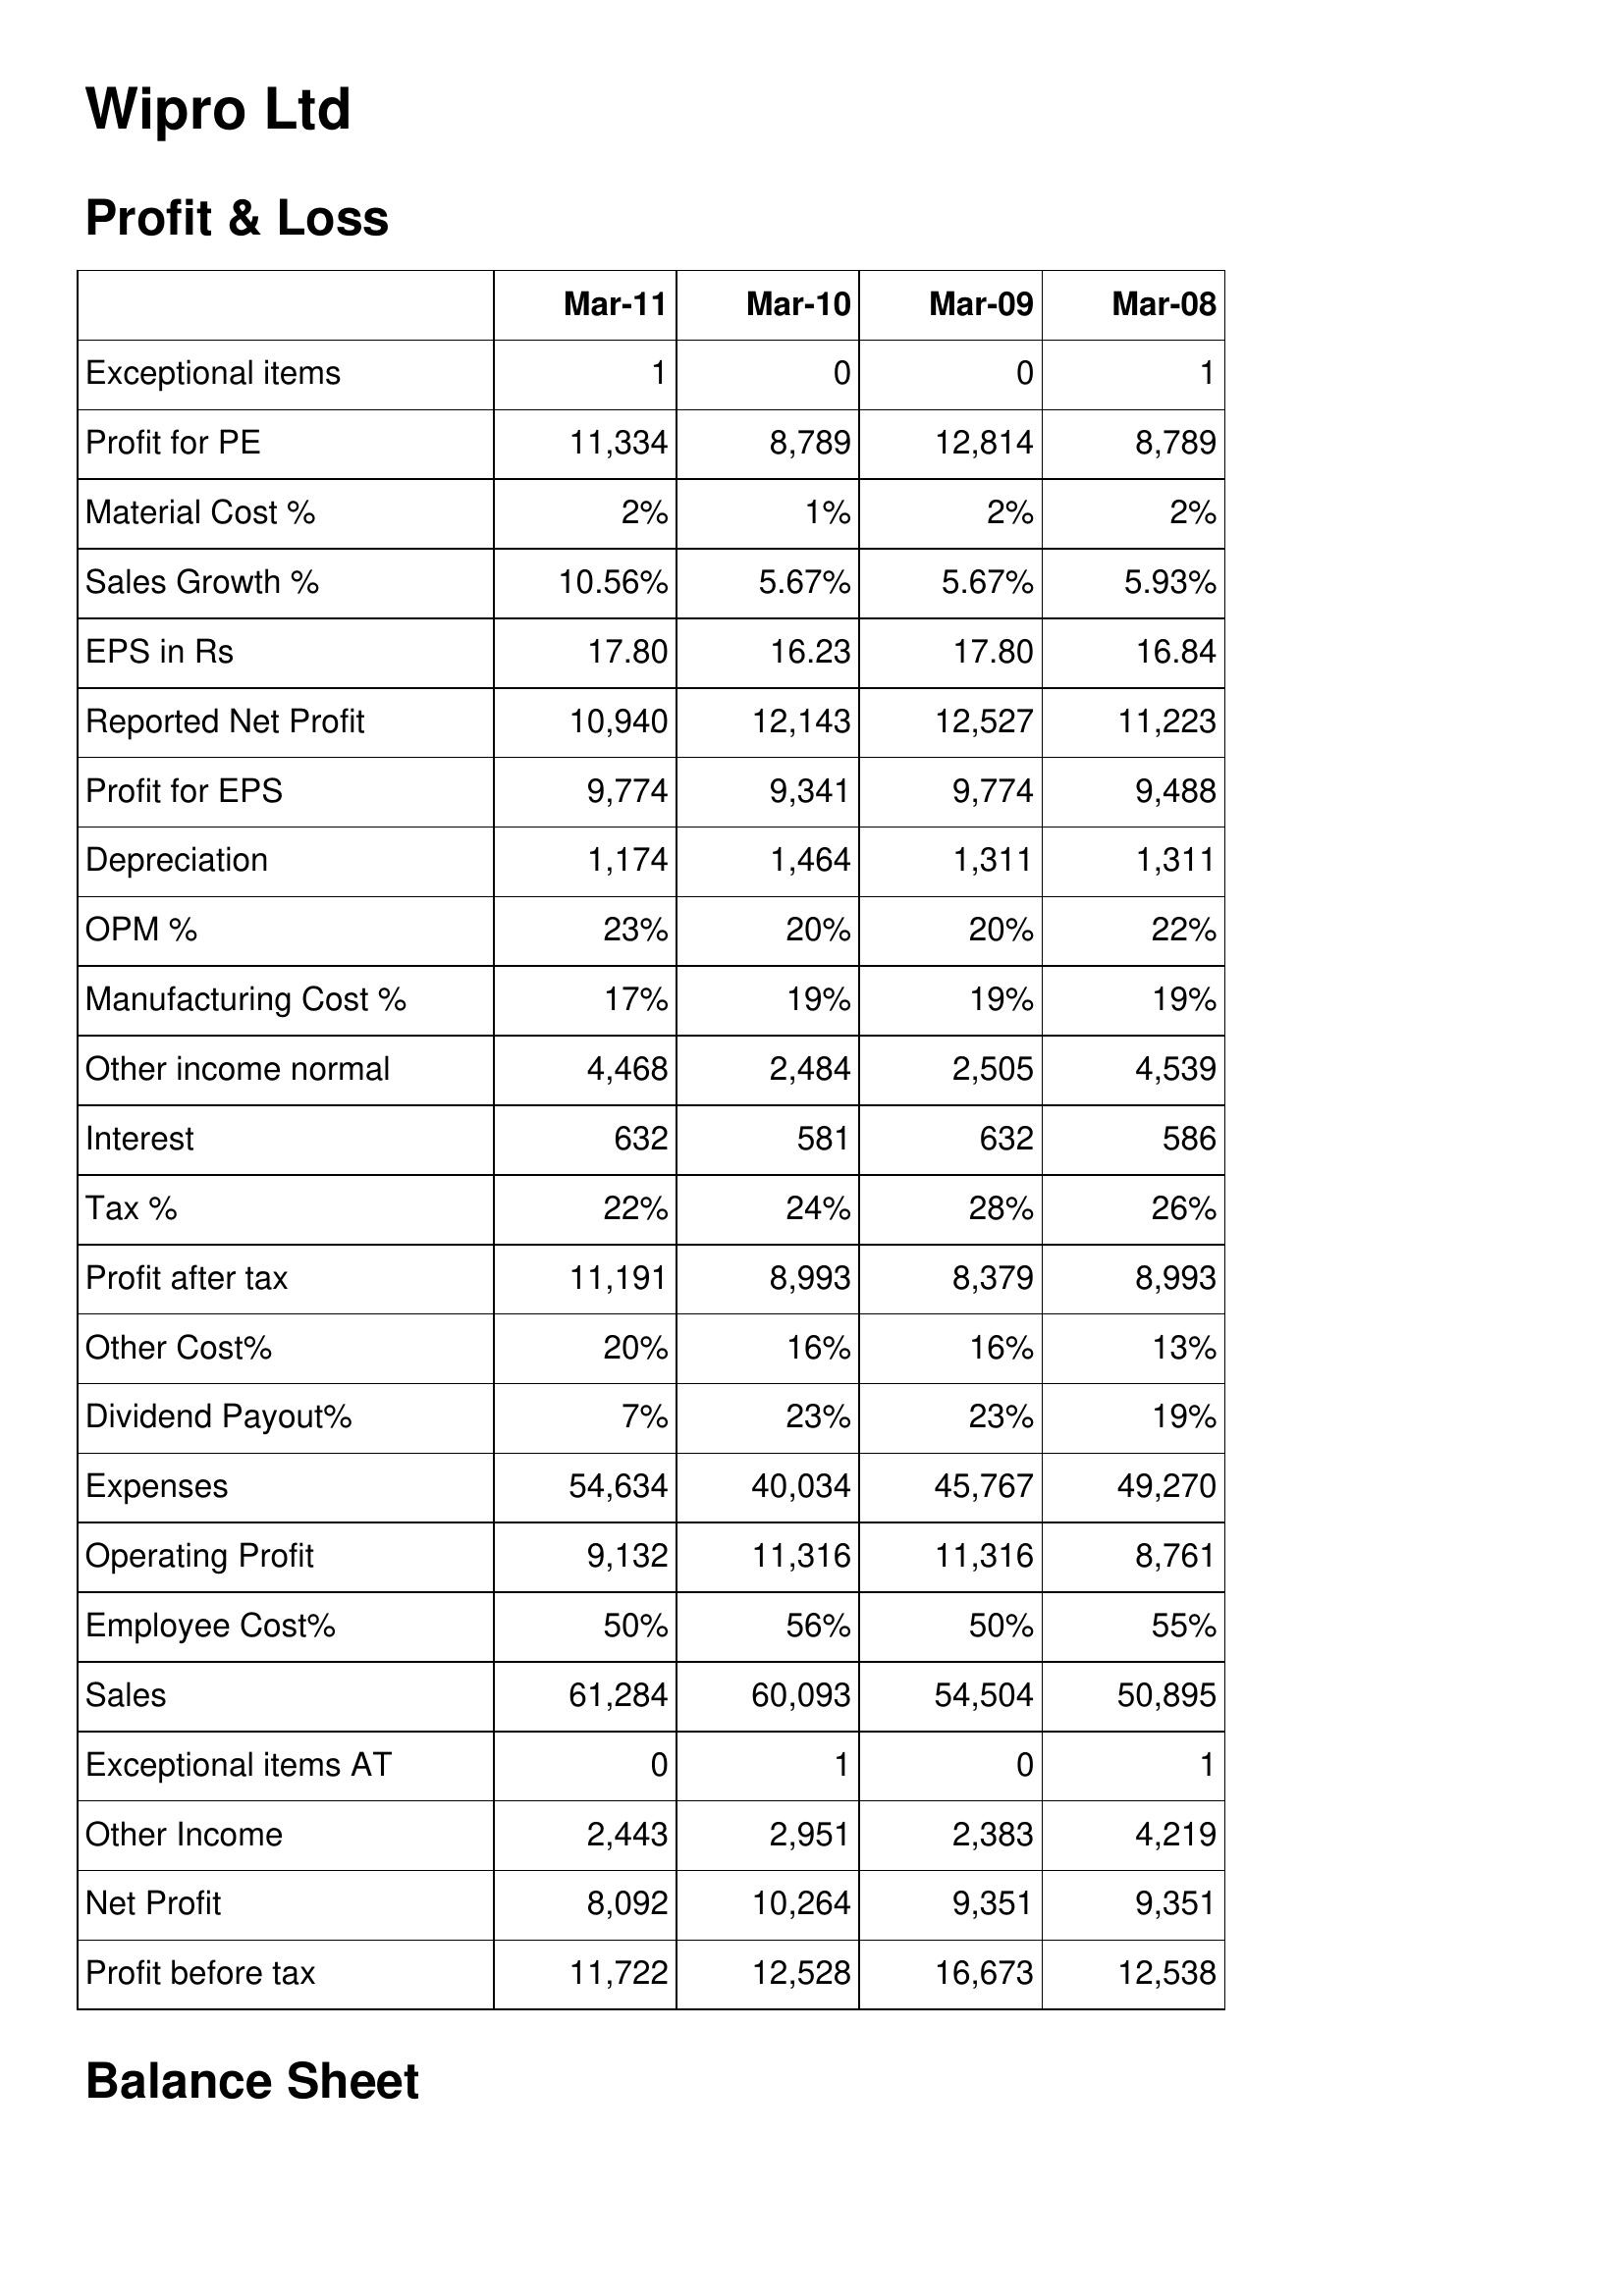
Mar-11: Profit & Loss: Exceptional items: 1
Profit for PE: 11,334
Material Cost %: 2%
Sales Growth %: 10.56%
EPS in Rs: 17.80
Reported Net Profit: 10,940
Profit for EPS: 9,774
Depreciation: 1,174
OPM %: 23%
Manufacturing Cost %: 17%
Other income normal: 4,468
Interest: 632
Tax %: 22%
Profit after tax: 11,191
Other Cost%: 20%
Dividend Payout%: 7%
Expenses: 54,634
Operating Profit: 9,132
Employee Cost%: 50%
Sales: 61,284
Exceptional items AT: 0
Other Income: 2,443
Net Profit: 8,092
Profit before tax: 11,722
Mar-10: Profit & Loss: Exceptional items: 0
Profit for PE: 8,789
Material Cost %: 1%
Sales Growth %: 5.67%
EPS in Rs: 16.23
Reported Net Profit: 12,143
Profit for EPS: 9,341
Depreciation: 1,464
OPM %: 20%
Manufacturing Cost %: 19%
Other income normal: 2,484
Interest: 581
Tax %: 24%
Profit after tax: 8,993
Other Cost%: 16%
Dividend Payout%: 23%
Expenses: 40,034
Operating Profit: 11,316
Employee Cost%: 56%
Sales: 60,093
Exceptional items AT: 1
Other Income: 2,951
Net Profit: 10,264
Profit before tax: 12,528
Mar-09: Profit & Loss: Exceptional items: 0
Profit for PE: 12,814
Material Cost %: 2%
Sales Growth %: 5.67%
EPS in Rs: 17.80
Reported Net Profit: 12,527
Profit for EPS: 9,774
Depreciation: 1,311
OPM %: 20%
Manufacturing Cost %: 19%
Other income normal: 2,505
Interest: 632
Tax %: 28%
Profit after tax: 8,379
Other Cost%: 16%
Dividend Payout%: 23%
Expenses: 45,767
Operating Profit: 11,316
Employee Cost%: 50%
Sales: 54,504
Exceptional items AT: 0
Other Income: 2,383
Net Profit: 9,351
Profit before tax: 16,673
Mar-08: Profit & Loss: Exceptional items: 1
Profit for PE: 8,789
Material Cost %: 2%
Sales Growth %: 5.93%
EPS in Rs: 16.84
Reported Net Profit: 11,223
Profit for EPS: 9,488
Depreciation: 1,311
OPM %: 22%
Manufacturing Cost %: 19%
Other income normal: 4,539
Interest: 586
Tax %: 26%
Profit after tax: 8,993
Other Cost%: 13%
Dividend Payout%: 19%
Expenses: 49,270
Operating Profit: 8,761
Employee Cost%: 55%
Sales: 50,895
Exceptional items AT: 1
Other Income: 4,219
Net Profit: 9,351
Profit before tax: 12,538